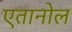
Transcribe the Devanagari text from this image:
एतानोल